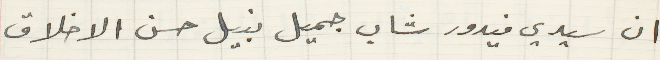
ان سيدي فيدور شاب جميل نبيل حسن الاخلاق